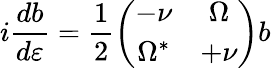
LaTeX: i\frac{db}{d\varepsilon}=\frac{1}{2}\left(\begin{array}{cc}{-\nu}&{\Omega}\\ {\Omega^{\ast}}&{+\nu}\end{array}\right)b